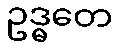
ဥဒ္ဓတေ